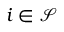
i \in \mathcal { S }